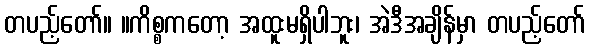
တပည့်တော်။ ။ကိစ္စကတော့ အထူးမရှိပါဘူး၊ အဲဒီအချိန်မှာ တပည့်တော်